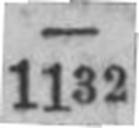
1132